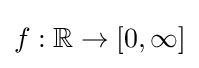
f:\mathbb {R} \to [0,\infty ]